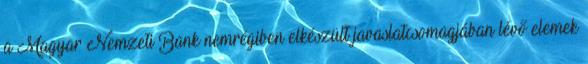
a Magyar Nemzeti Bank nemrégiben elkészült javaslatcsomagjában lévő elemek